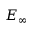
E _ { \infty }